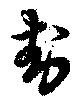
卦